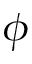
\phi